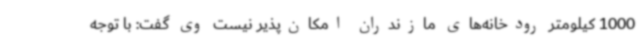
1000 کیلومتر رودخانه‌های مازندران امکان‌پذیر نیست وی گفت: با توجه